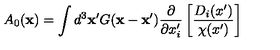
A _ { 0 } ( { \bf x } ) = \int d ^ { 3 } { \bf x } ^ { \prime } G ( { \bf x } - { \bf x } ^ { \prime } ) \frac { \partial } { \partial x _ { i } ^ { \prime } } \left[ \frac { D _ { i } ( x ^ { \prime } ) } { \chi ( x ^ { \prime } ) } \right]